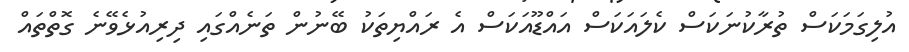
އުލިގަމަކަސް ތުރާކުނަކަސް ކެލައަކަސް އައްޑޫއަކަސް އެ ރައްޔިތަކު ބޭނުން ތަނެއްގައި ދިރިއުޅެވޭނެ ގޮތްތައް